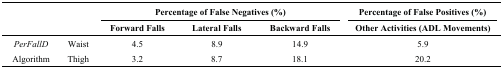
<table><thead><tr><td rowspan="3" colspan="2"></td><td colspan="3"><b>Percentage of False Negatives (%)</b></td><td><b>Percentage of False Positives (%)</b></td></tr><tr><td><b>Forward Falls</b></td><td><b>Lateral Falls</b></td><td><b>Backward Falls</b></td><td><b>Other Activities (ADL Movements)</b></td></tr></thead><tbody><tr><td><i>PerFallD</i></td><td>Waist</td><td>4.5</td><td>8.9</td><td>14.9</td><td>5.9</td></tr><tr><td>Algorithm</td><td>Thigh</td><td>3.2</td><td>8.7</td><td>18.1</td><td>20.2</td></tr></tbody></table>